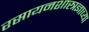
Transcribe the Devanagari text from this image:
रसायनशास्त्रज्ञाच्या